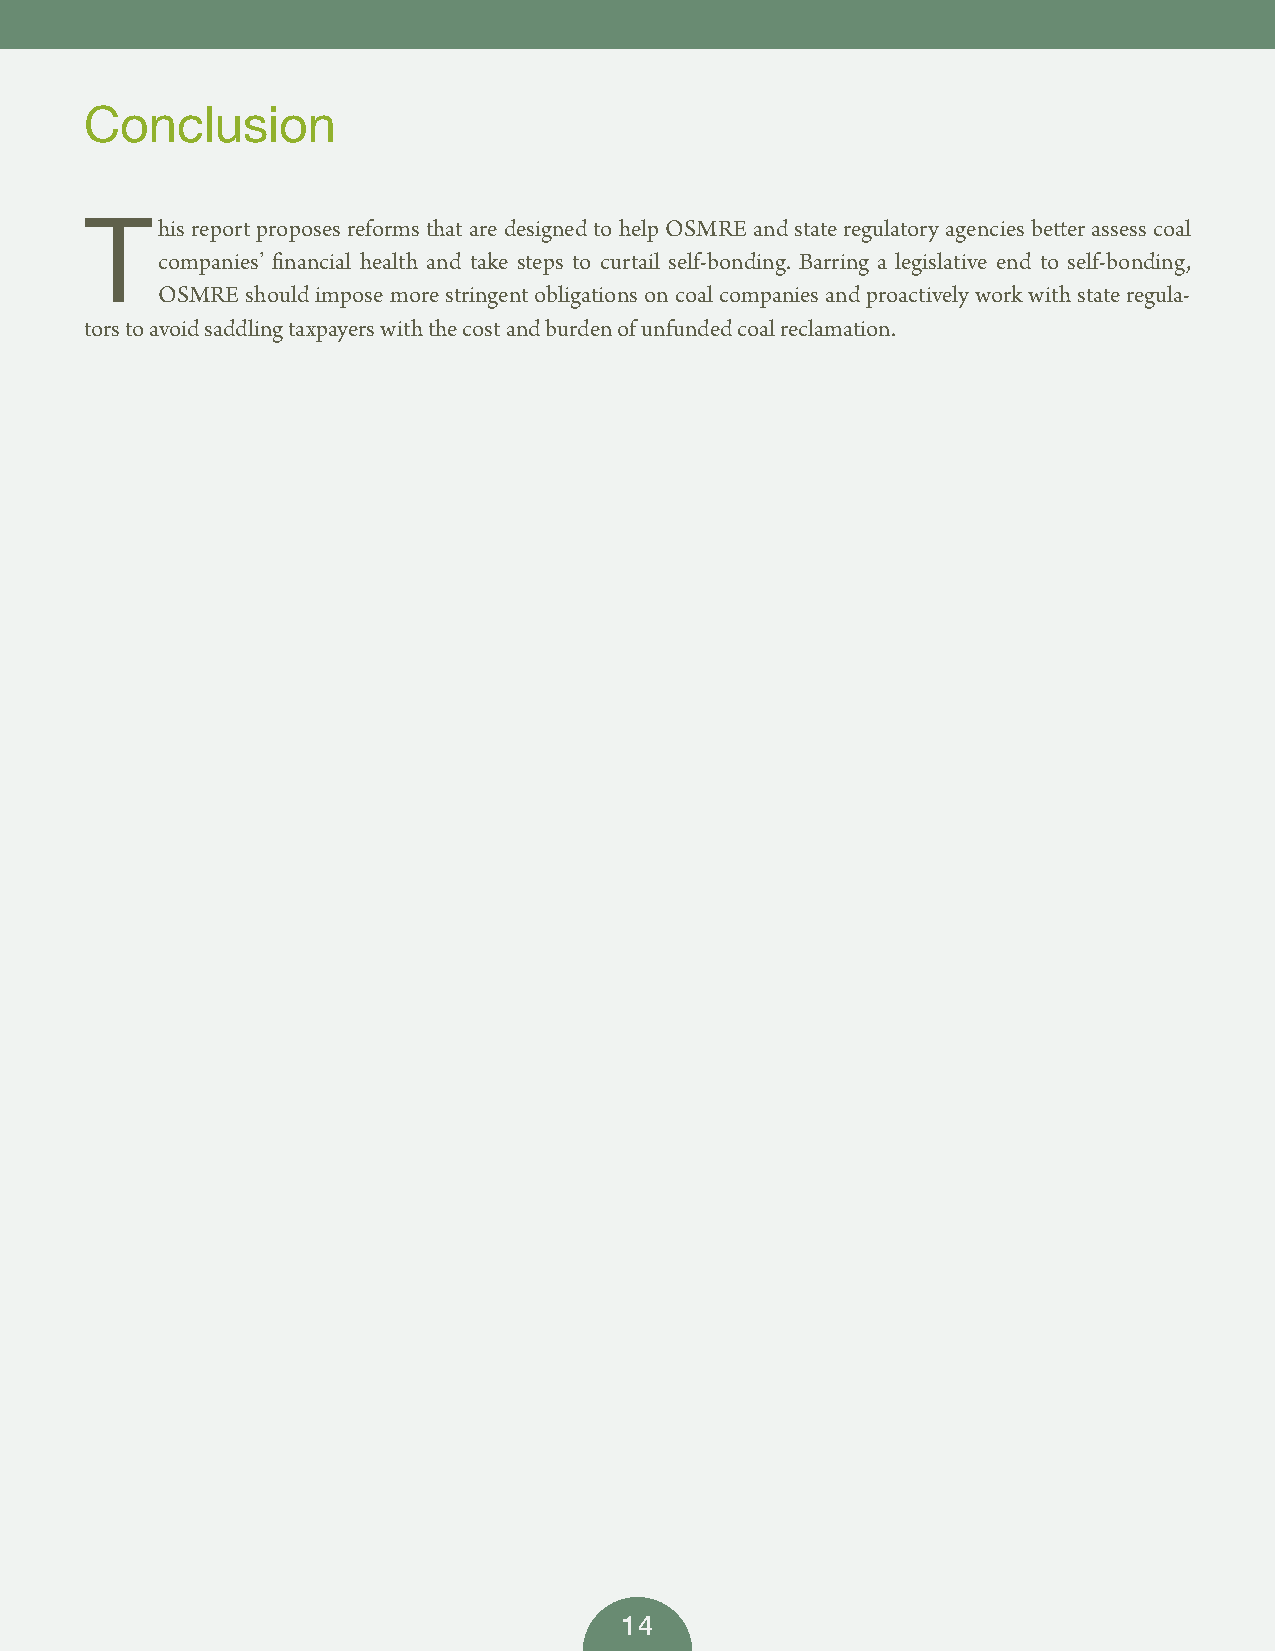
Conclusion
 his report proposes reforms that are designed to help OSMRE and state regulatory agencies better assess coal
 T
 companies’ financial health and take steps to curtail self-bonding. Barring a legislative end to self-bonding,
 OSMRE should impose more stringent obligations on coal companies and proactively work with state regula-
 tors to avoid saddling taxpayers with the cost and burden of unfunded coal reclamation.
 14